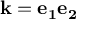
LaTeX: \mathbf { k } = \mathbf { e _ { 1 } } \mathbf { e _ { 2 } }